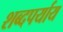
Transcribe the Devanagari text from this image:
शब्दपर्याय